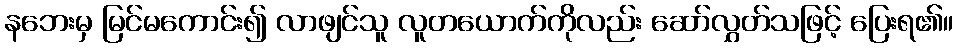
နဘေးမှ မြင်မကောင်း၍ လာဖျင်သူ လူတယောက်ကိုလည်း ဆော်လွှတ်သဖြင့် ပြေးရ၏။